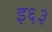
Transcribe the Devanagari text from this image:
इ६३